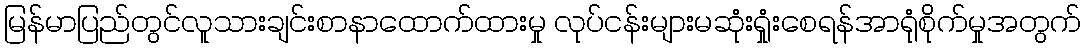
မြန်မာပြည်တွင်လူသားချင်းစာနာထောက်ထားမှု လုပ်ငန်းများမဆုံးရှုံးစေရန်အာရုံစိုက်မှုအတွက်